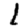
Digit: 1